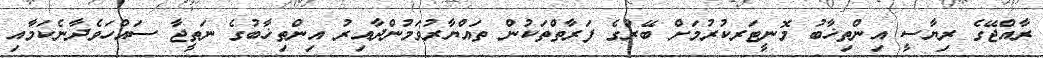
ރާއްޖޭގެ ރިޔާސީ އިންތިޚާބު މޮނީޓަރކުރުމަށް ބޭރުގެ ފަރާތްތަކުން ތައްޔާރުވަމުންދާއިރު އިންތިޚާބުގެ ނަތީޖާ ސައްހަވެދާނެކަމާއި